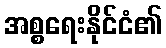
အစ္စရေးနိုင်ငံ၏